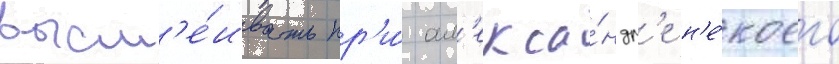
высм'е́ивать пр'и́ ал'екса́ндр'е н'е́коего